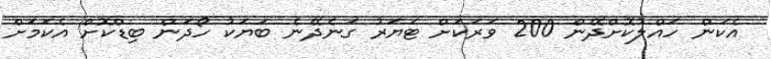
އެކަން ހައްލުކޮށްދޭން 200 ވަރަކަށް ޓަޔަރު ގަނެދޭނެ ބަޔަކު ހޯދަން ބިޑްކޮށް އެކަމަށް